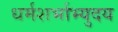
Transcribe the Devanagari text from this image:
धर्मशर्भाभ्युदय